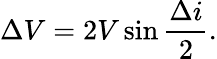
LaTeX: \Delta V=2V\sin{\frac{\Delta i}{2}}.